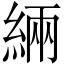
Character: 緉